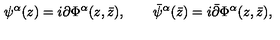
\psi ^ { \alpha } ( z ) = i \partial \Phi ^ { \alpha } ( z , \bar { z } ) , \qquad \bar { \psi } ^ { \alpha } ( \bar { z } ) = i \bar { \partial } \Phi ^ { \alpha } ( z , \bar { z } ) ,